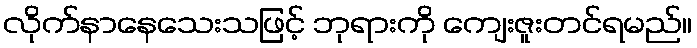
လိုက်နာနေသေးသဖြင့် ဘုရားကို ကျေးဇူးတင်ရမည်။